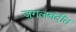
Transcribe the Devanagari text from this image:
जुगलबंदीत